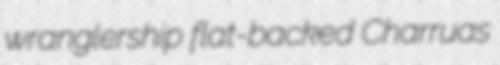
wranglership flat-backed Charruas